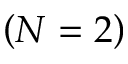
\left( N = 2 \right)